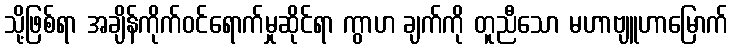
သို့ဖြစ်ရာ အချိန်ကိုက်ဝင်ရောက်မှုဆိုင်ရာ ကွာဟ ချက်ကို တူညီသော မဟာဗျူဟာမြောက်